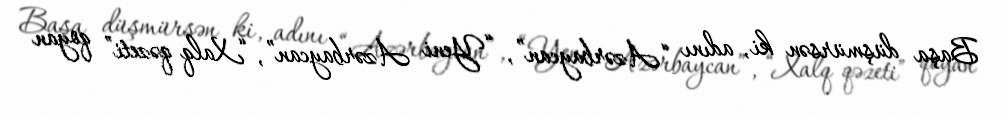
Başa düşmürsən ki, adını “Azərbaycan”, “Yeni Azərbaycan”, “Xalq qəzeti” qoyan